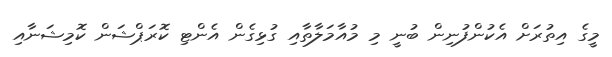
މީގެ އިތުރަށް އެކުންފުނިން ބުނީ މި މުއާމަލާތާއި ގުޅިގެން އެންޓި ކޮރަޕްޝަން ކޮމިޝަނާއި